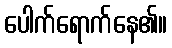
ပေါက်ရောက်နေ၏။